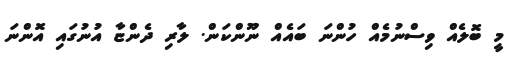
މީ ބޮލެއް ވިސްނުމެއް ހުންނަ ބައެއް ނޫންކަން. ލާރި ދެންޏާ އުނުގައި އޮންނަ